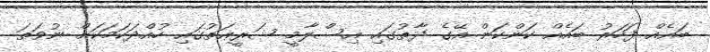
ބައެއް ފަހަރު ބައެއް ކަންކަން އޭގެ ޛާތުގައި އިސްލާމީ ޝަރީޢަތުގައި ހުއްދަކަމަކަށް ނުވަތަ